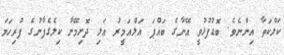
ކަލްކަތާ އިންނެވެ. ބޮޑުފުޅުވީ އޭނާގެ ބައްޕަ އަލްއަމީރު ޢަލި ދޮށިމޭނާ ކިލެގެފާނުގެ ފުރިހަމަ